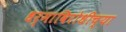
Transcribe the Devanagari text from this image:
धर्माविरोधीच्या